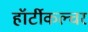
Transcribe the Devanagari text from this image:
हॉर्टीकल्चर